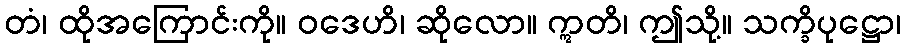
တံ၊ ထိုအကြောင်းကို။ ဝဒေဟိ၊ ဆိုလော။ ဣတိ၊ ဤသို့။ သက္ခိပုဋ္ဌော၊